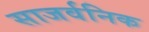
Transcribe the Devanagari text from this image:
साजर्वनिक